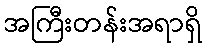
အကြီးတန်းအရာရှိ